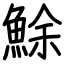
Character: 鮽